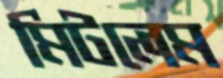
মিটলেম